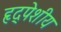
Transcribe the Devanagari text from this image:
हृद्पेशीय